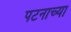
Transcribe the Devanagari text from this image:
पटनाच्या